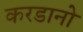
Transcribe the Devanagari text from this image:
करडानो